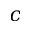
c